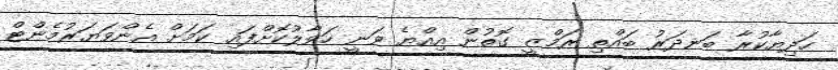
ހަދިޔާކުރާ ބަނދަރު ބައްތި ރަމްޒީ ގޮތުން އިއްޔެ ވަނީ ހަވާލުކޮށްފައި ކަމަށް އެންވަޔަރުމެންޓް